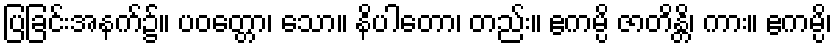
ပြခြင်းအနက်၌။ ပဝတ္တော၊ သော။ နိပါတော၊ တည်း။ ဧကမ္ပိ ဇာတိန္တိ၊ ကား။ ဧကမ္ပိ၊